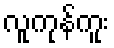
လူကုန်ကူး